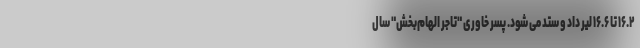
۱۶.۲ تا ۱۶.۶ لیر داد و ستد می شود. پسر خاوری "تاجر الهام‌بخش" سال